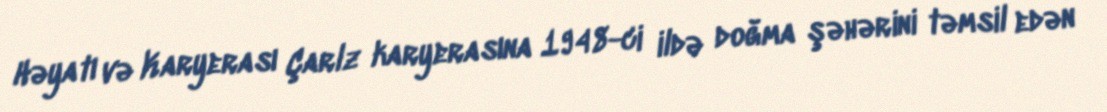
Həyatı və Karyerası Çarlz karyerasına 1948-ci ildə doğma şəhərini təmsil edən